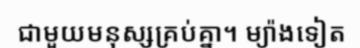
ជាមួយមនុស្សគ្រប់គ្នា។ ម្យ៉ាងទៀត